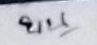
บน